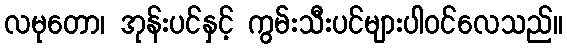
လမုတော၊ အုန်းပင်နှင့် ကွမ်းသီးပင်များပါဝင်လေသည်။